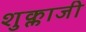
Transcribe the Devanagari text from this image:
शुक्लाजी